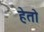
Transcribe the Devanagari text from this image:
हेतो